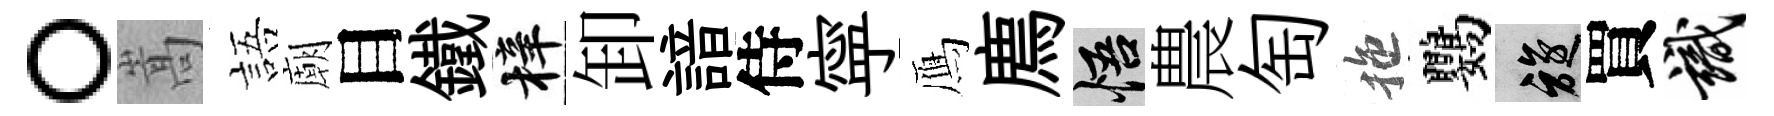
。嵩語廟目鐵梓卸諳侍寜鴈廌悟農匋拖鸚旋買識